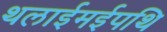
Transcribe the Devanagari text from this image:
थलाईमईपथि